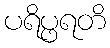
ပရိပ္ဖရတိ